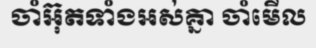
ចាំអ៊ុតទាំងអស់គ្នា ចាំមើល